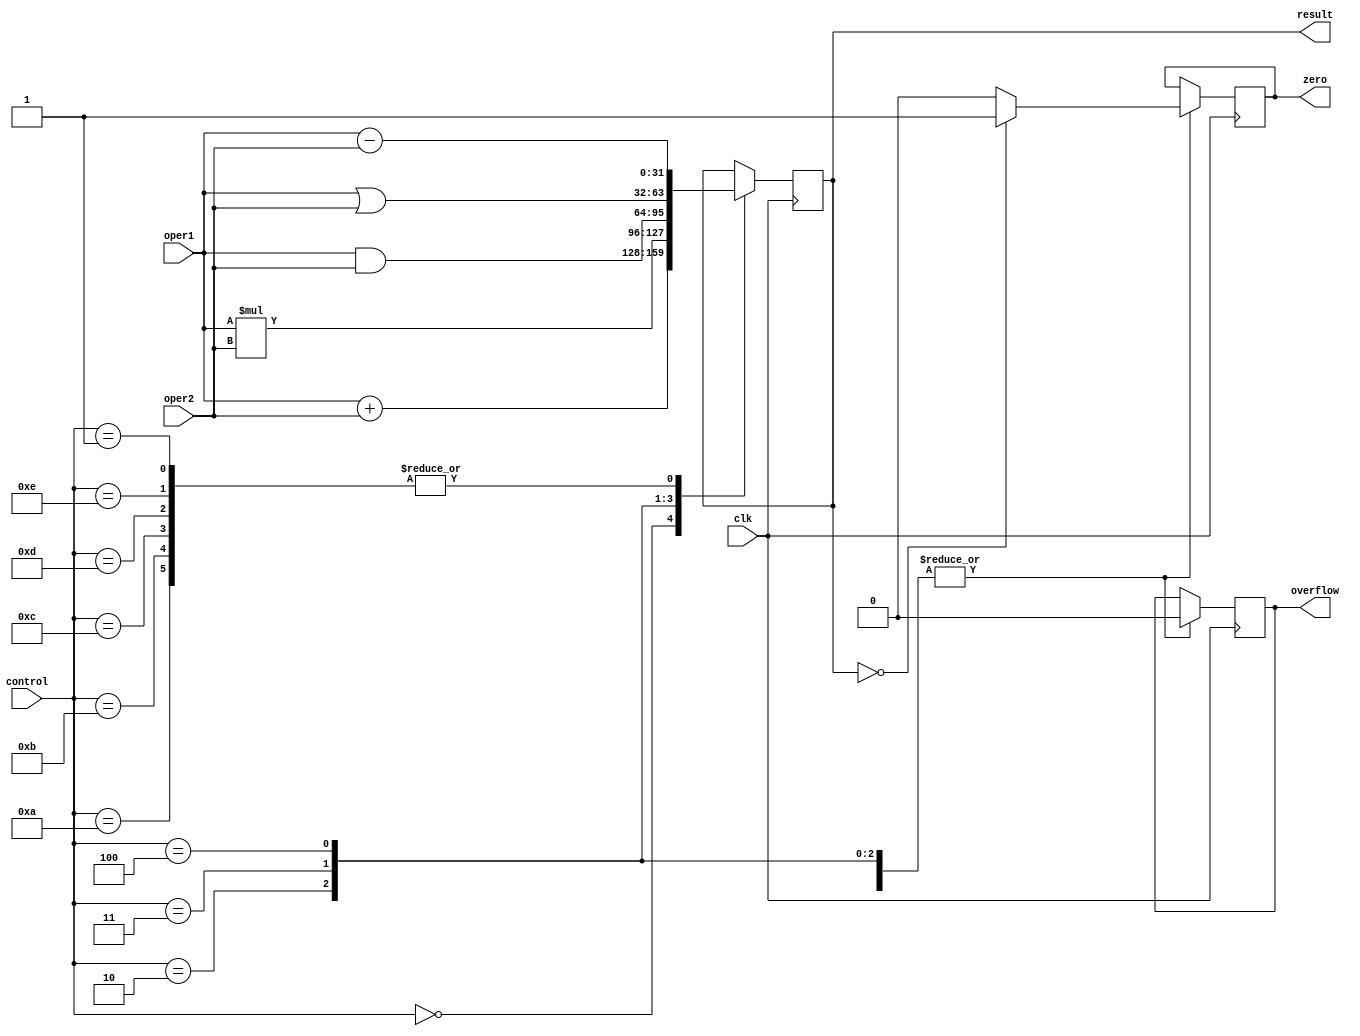
`timescale 1ns / 1ps
//////////////////////////////////////////////////////////////////////////////////
// Company: 
// Engineer: 
// 
// Design Name: 
// Module Name:    alu 
// Project Name: 
// Target Devices: 
// Tool versions: 
// Description: 
//
// Dependencies: 
//
// Revision: 
// Revision 0.01 - File Created
// Additional Comments: 
//
//////////////////////////////////////////////////////////////////////////////////
module alu(clk, control, oper1, oper2, result, overflow, zero);

parameter ADD = 0;
parameter SUB = 1;
parameter MUL = 2;
parameter AND = 3;
parameter OR = 4;

	input clk;
	input [3:0] control;
	input [31:0] oper1;
	input [31:0] oper2;
	
	output reg [31:0] result;
	output reg overflow;
	output reg zero;
	initial begin
		result <= 32'b0;
		overflow <= 0;
		zero <= 0;
	end

	always @(posedge clk)
	begin
	$display("ALU : ALUOPCODE : %d and value: %d %d",control, oper1,oper2) ;
		case(control)
		ADD : //ADD
			begin
				result <= oper1 + oper2; 
				overflow 	<= 0;
				zero		<= (result == 0) ? 1 : 0;
				$display("ALU : ADD : %d + %d = %d",oper1,oper2, result) ;
			end
		SUB : //SUB
			begin
				result <= oper1 - oper2;
				overflow 	<= 0;
				zero		<= (result == 0) ? 1 : 0;
				$display("ALU : SUB : %d - %d = %d",oper1,oper2, result) ;
			end
		MUL : //MUL
			begin
				result <= oper1 * oper2;
				overflow 	<= 0;
				zero		<= (result == 0) ? 1 : 0;
				$display("ALU : MUL : %d * %d = %d ",oper1,oper2, result) ;
			end
		AND : //AND
			begin
				result <= oper1 & oper2;
				overflow 	<= 0;
				zero		<= (result == 0) ? 1 : 0;
				$display("ALU : AND : %d & %d = %d",oper1,oper2, result) ;
			end
		OR: //OR
			begin
				result <= oper1 | oper2;
				overflow 	<= 0;
				zero		<= (result == 0) ? 1 : 0;
				$display("ALU : OR : %d | %d = %d",oper1,oper2, result) ;
			end
		10: //LDB
			begin
				result <= oper1 - oper2;
			end
		11: //LBW
			begin
				result <= oper1 - oper2;
			end
		12: //STB
			begin
				result <= oper1 - oper2;
			end
		13: //STW
			begin
				result <= oper1 - oper2;
			end
		14: //MOV
			begin
				result <= oper1 - oper2;
			end
		30: //BEQ
			begin
				result <= oper1 - oper2;
			end
		31: //JUMP
			begin
				result <= oper1 - oper2;
			end
		32: //TLBWRITE
			begin
				result <= oper1 - oper2;
			end
		33: //IRET
			begin
				result <= oper1 - oper2;
			end
	endcase
	end
endmodule